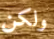
ولكن